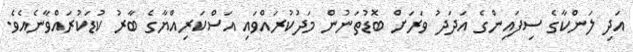
އަދި ލަންކާގެ ސިފައިންގެ އަދަދު ވަރަށް ބޮޑުތަނުން މަދުކުރައްވައި އަސްކަރިއްޔާގެ ބާރު ކުޑަކުރައްވާނެއެވެ.